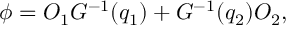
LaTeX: \phi = O _ { 1 } G ^ { - 1 } ( q _ { 1 } ) + G ^ { - 1 } ( q _ { 2 } ) O _ { 2 } ,